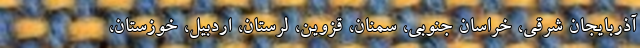
آذربایجان شرقی، خراسان جنوبی، سمنان، قزوین، لرستان، اردبیل، خوزستان،